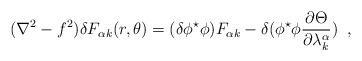
LaTeX: \begin{align*} (\nabla^{2}-f^{2}) \delta F_{\alpha k}(r,\theta) = (\delta\phi^{\star}\phi) F_{\alpha k} -\delta(\phi^{\star}\phi\frac{\partial\Theta}{\partial\lambda^{\alpha}_{k}}) \;\;,\end{align*}